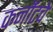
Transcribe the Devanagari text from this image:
कर्नॉटचे